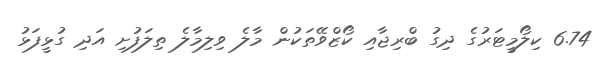
6.74 ކިލޯމީޓަރުގެ ދިގު ބްރިޖާއި ކޯޒްވޭތަކުން މާލެ ވިލިމާލެ ތިލަފުށި އަދި ގުޅީފަޅު